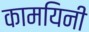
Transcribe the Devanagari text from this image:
कामयिनी